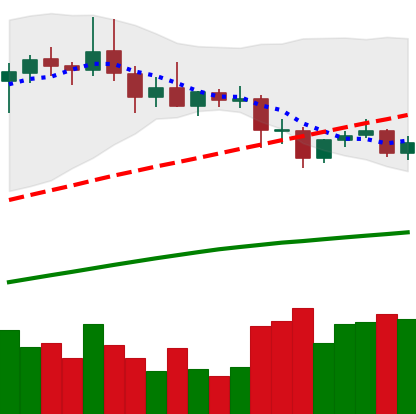
Ticker: DOGE-USD
Chart end date: 2020-09-01
Forward return: -14.404%
Label: down_7plus